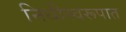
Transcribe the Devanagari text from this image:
निधीस्वरूपात